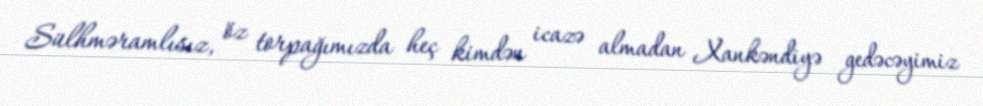
Sülhməramlısız, öz torpağımızda heç kimdən icazə almadan Xankəndiyə gedəcəyimiz